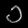
Digit: ၁